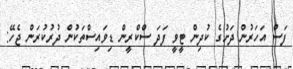
ފަސް އަހަރުން ދަށުގެ ކުދިން ޓީވީ ފަދަ ސްކްރީން ޑިވައިސްތަކުން ދުރުކުރަން ޖެހޭ: